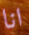
انا